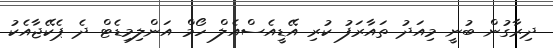
ދިރާގުން ބުނީ މިއަދު ތައާރަފު ކުރި އޭޑީއެސްއެލް ހޯމް އަންލިމިޑެޓް ދެ ޕެކޭޖާއެކު